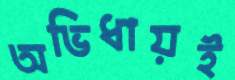
অভিধায়ই